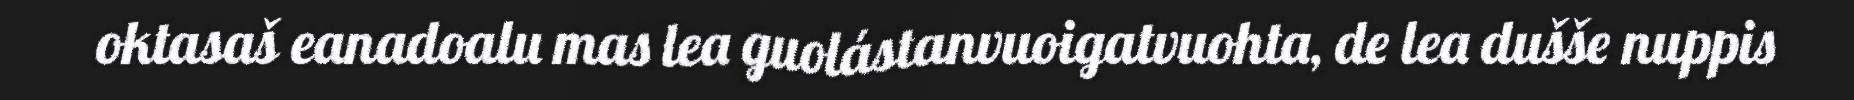
oktasaš eanadoalu mas lea guolástanvuoigatvuohta, de lea dušše nuppis